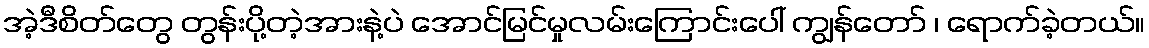
အဲ့ဒီစိတ်တွေ တွန်းပို့တဲ့အားနဲ့ပဲ အောင်မြင်မှုလမ်းကြောင်းပေါ် ကျွန်တော် ၊ ရောက်ခဲ့တယ်။